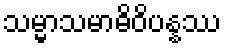
သမ္မာသမာဓိဝိပန္နဿ